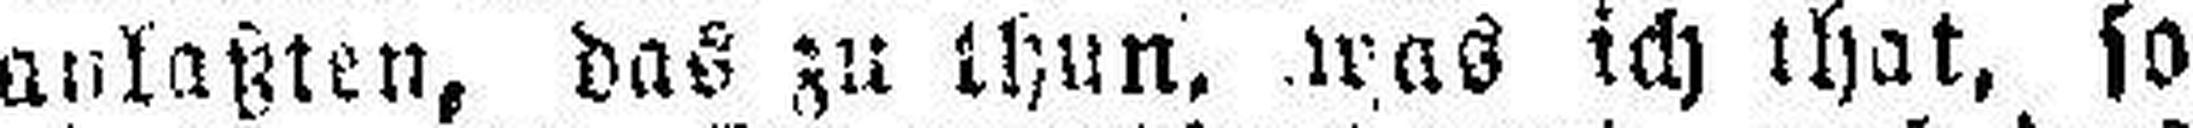
anlaßten, das zu thun, was ich that, so